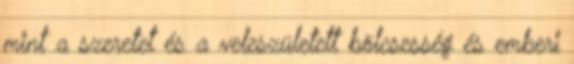
mint a szeretet és a veleszületett bölcsesség és emberi